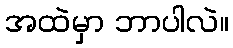
အထဲမှာ ဘာပါလဲ။